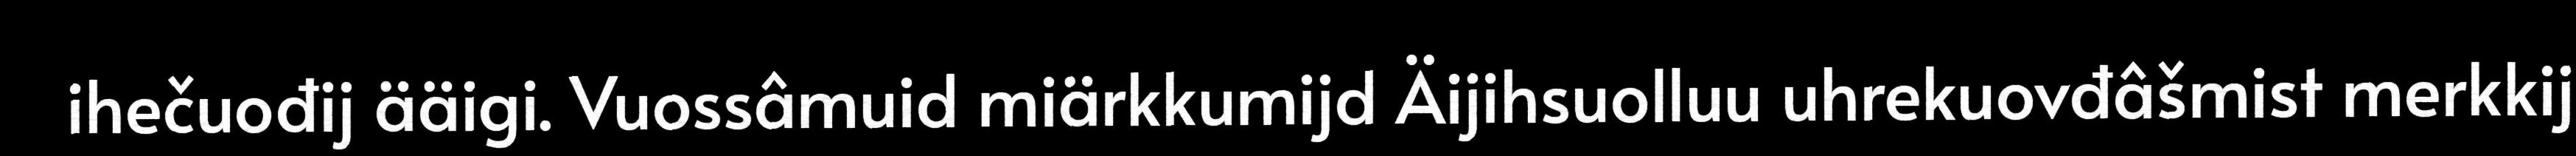
ihečuođij ääigi. Vuossâmuid miärkkumijd Äijihsuolluu uhrekuovđâšmist merkkij